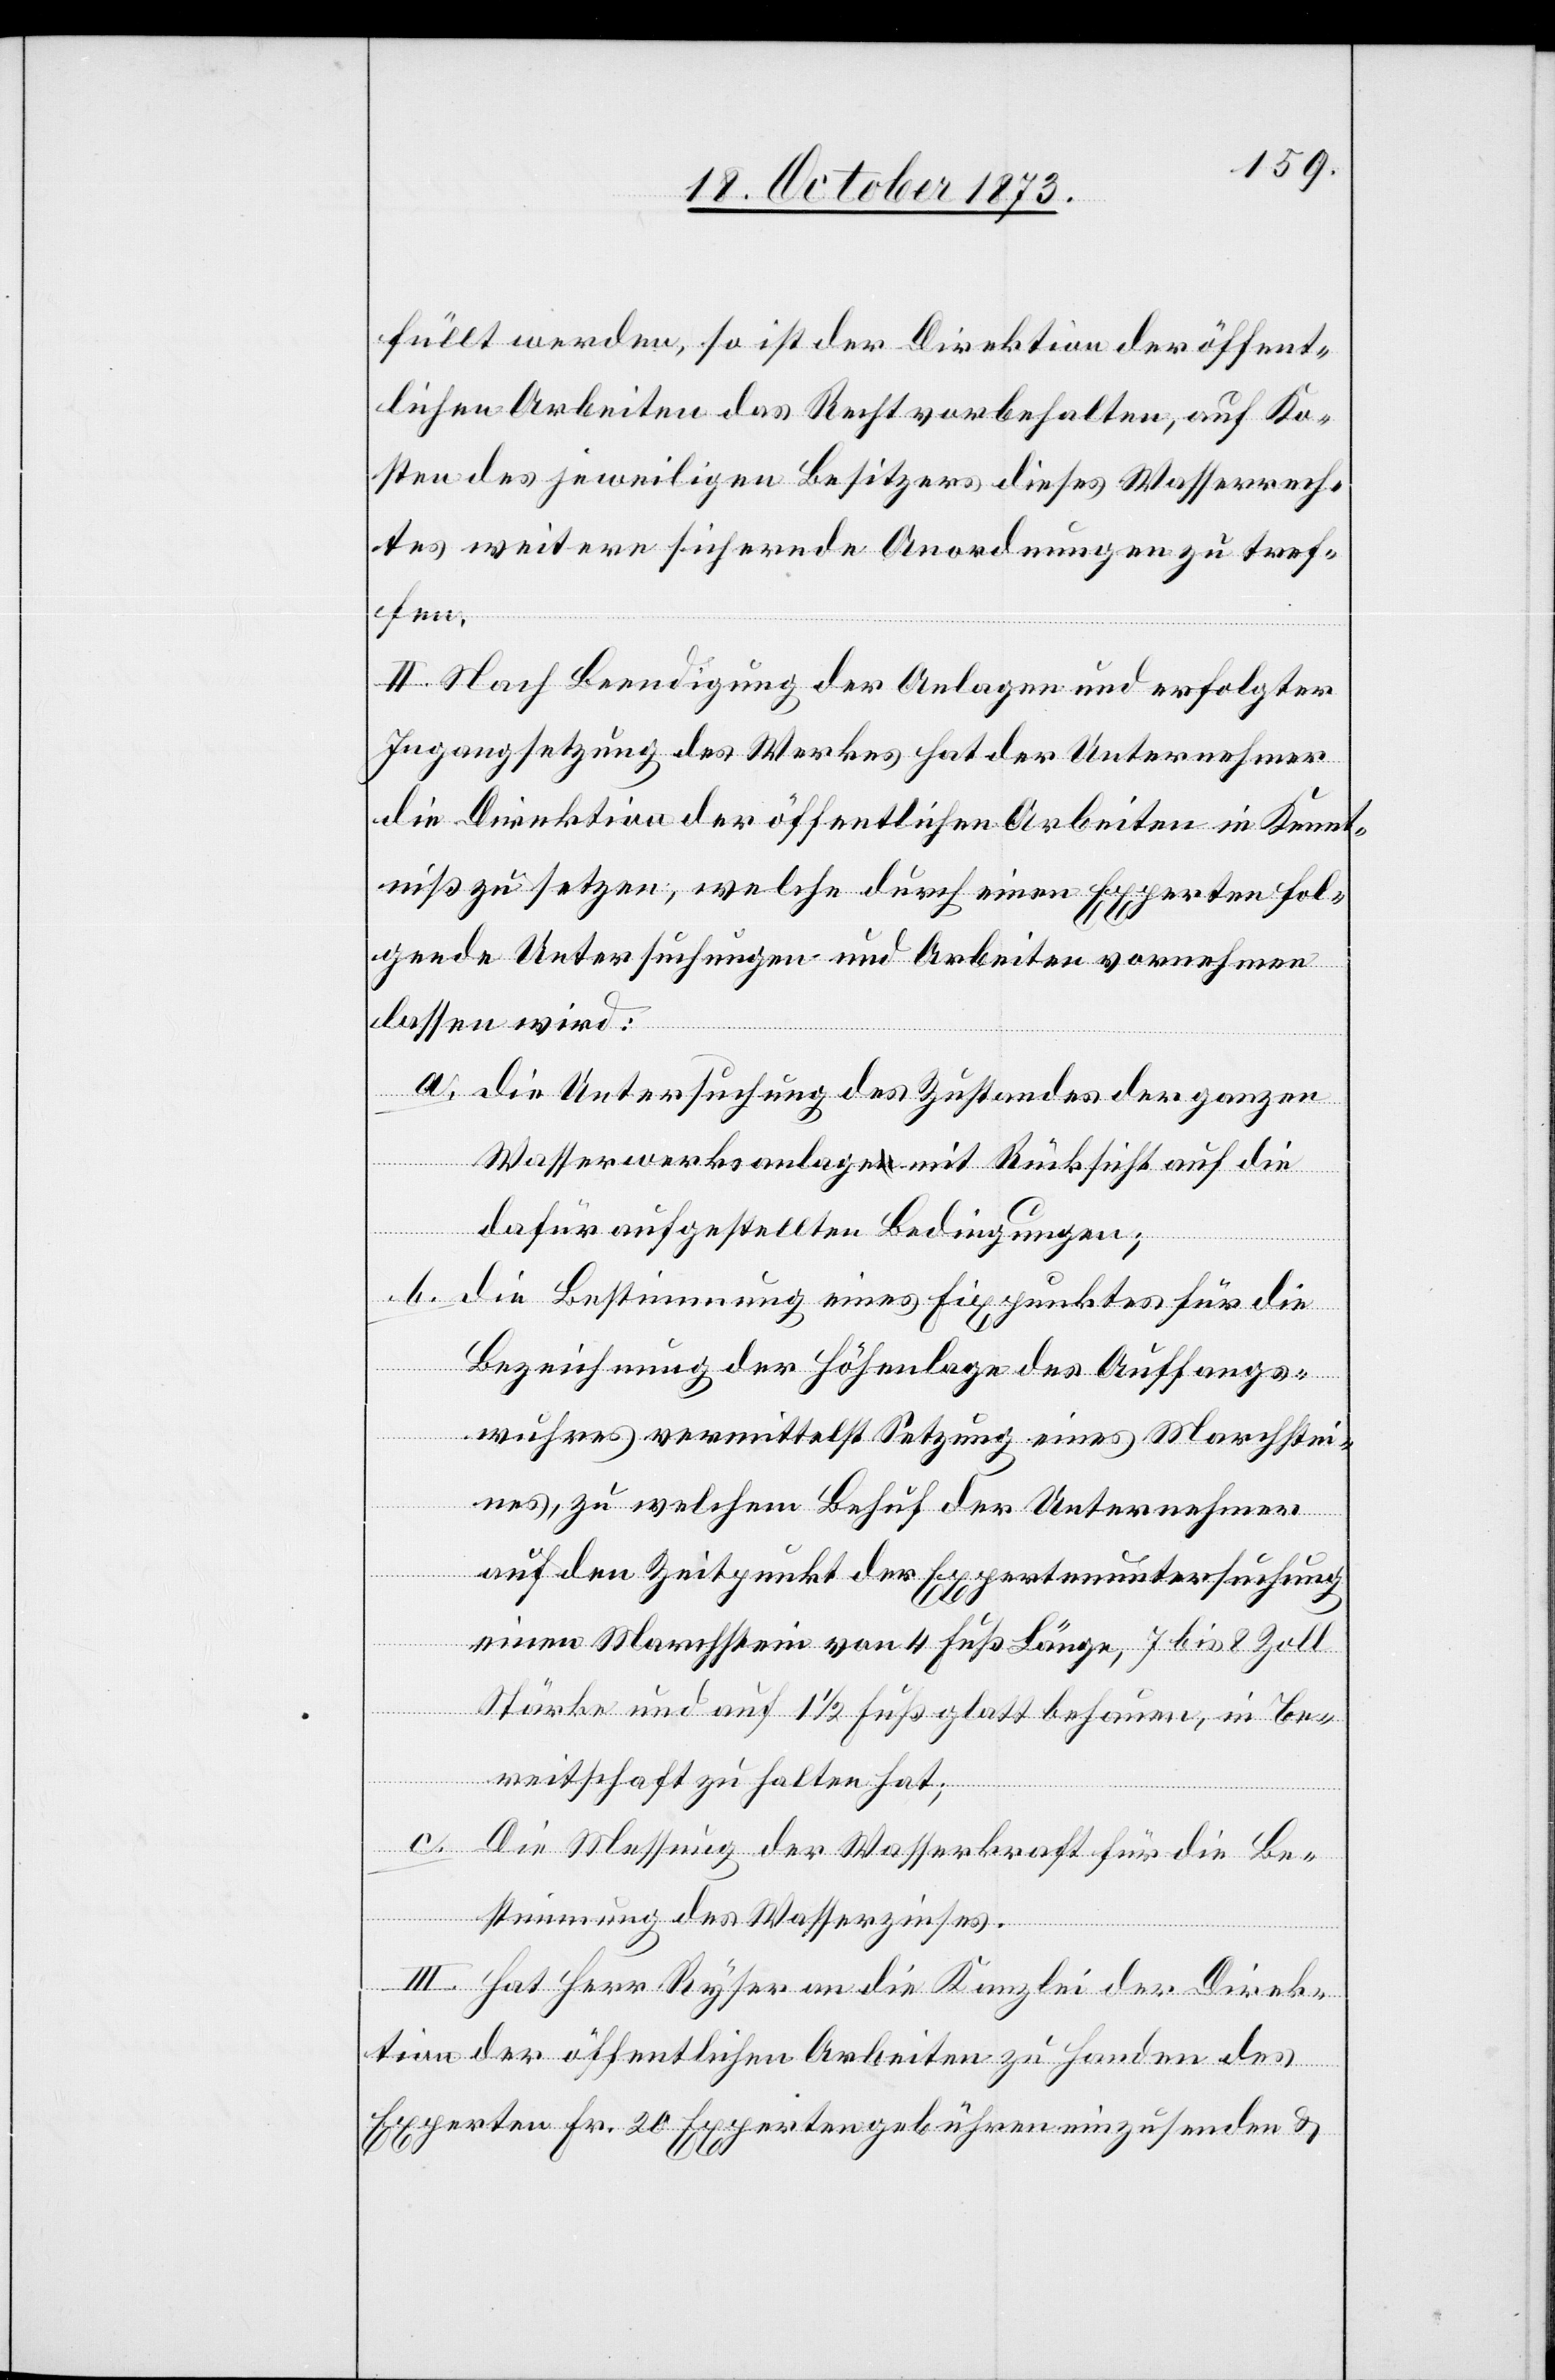
füllt werden, so ist der Direktion der öffent¬
lichen Arbeiten das Recht vorbehalten, auf Ko¬
sten des jeweiligen Besitzers dieses Wasserrech¬
tes weitere sichernde Anordnungen zu tref¬
fen.
II. Nach Beendigung der Anlagen und erfolgter
Ingangsetzung des Werkes hat der Unternehmer
die Direktion der öffentlichen Arbeiten in Kennt¬
niß zu setzen, welche durch einen Experten fol¬
gende Untersuchungen und Arbeiten vornehmen
lassen wird:
a. Die Untersuchung des Zustandes der ganzen
Wasserwerksanlage mit Rücksicht auf die
dafür aufgestellten Bedingungen;
b. Die Bestimmung eines Fixpunktes für die
Bezeichnung der Höhenlage des Auffangs¬
wuhres vermittelst Setzung eines Marchstei¬
nes, zu welchem Behuf der Unternehmer
auf den Zeitpunkt der Expertenuntersuchung
einen Marchstein von 4 Fuß Länge, 7 bis 8 Zoll
Stärke und auf 1 1/2 Fuß glatt behauen, in Be¬
reitschaft zu halten hat;
c. Die Messung der Wasserkraft für die Be¬
stimmung des Wasserzinses.
III. Hat Herr Ryser an die Kanzlei der Direk¬
tion der öffentlichen Arbeiten zu Handen des
Experten Fr. 20 Expertengebühren einzusenden &